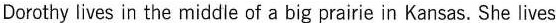
Dorcthy lves inthe middie ol a big prairie in Kansas. Sha lives